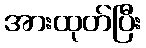
အားထုတ်ပြီး